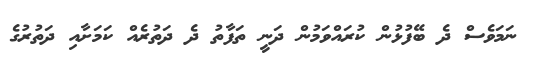
ނަމަވެސް ދެ ބޭފުޅުން ކުރައްވަމުން ދަނީ ތަފާތު ދެ ދަތުރެއް ކަމަށާއި ދަތުރުގެ